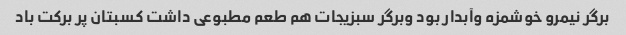
برگر نیمرو خوشمزه وآبدار بود وبرگر سبزیجات هم طعم مطبوعی داشت کسبتان پر برکت باد